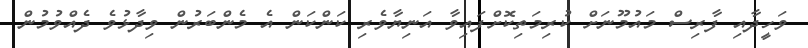
ވަހީދާއި ފާރިސް މައުމޫނަށް ކުރިމަތިކޮށްފައިވާ އަނިޔާވެރި ކަންކަން އެ މެންބަރުން ވިދާޅުވެ ދެއްވުމުން